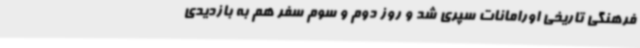
فرهنگی تاریخی اورامانات سپری شد و روز دوم و سوم سفر هم به بازدیدی